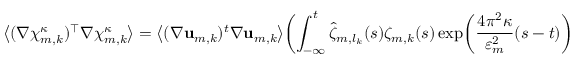
\bigl \langle ( \nabla { \boldsymbol { \chi } } _ { m , k } ^ { \kappa } ) ^ { \intercal } \nabla { \boldsymbol { \chi } } _ { m , k } ^ { \kappa } \bigr \rangle = \bigl \langle ( \nabla \mathbf { u } _ { m , k } ) ^ { t } \nabla \mathbf { u } _ { m , k } \bigr \rangle \biggl ( \int _ { - \infty } ^ { t } \hat { \zeta } _ { m , l _ { k } } ( s ) \zeta _ { m , k } ( s ) \exp \mathopen { } \mathclose \bgroup \left( \frac { 4 \pi ^ { 2 } \kappa } { \varepsilon _ { m } ^ { 2 } } ( s - t ) \aftergroup \egroup \right) \, d s \biggr ) ^ { \! 2 } \, .